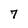
Character: 7